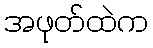
အဖုတ်ထဲက